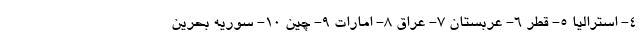
۴- استرالیا ۵- قطر ۶- عربستان ۷- عراق ۸- امارات ۹- چین ۱۰- سوریه بحرین